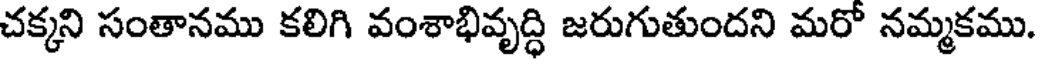
చక్కని సంతానము కలిగి వంశాభివృద్ధి జరుగుతుందని మరో నమ్మకము.